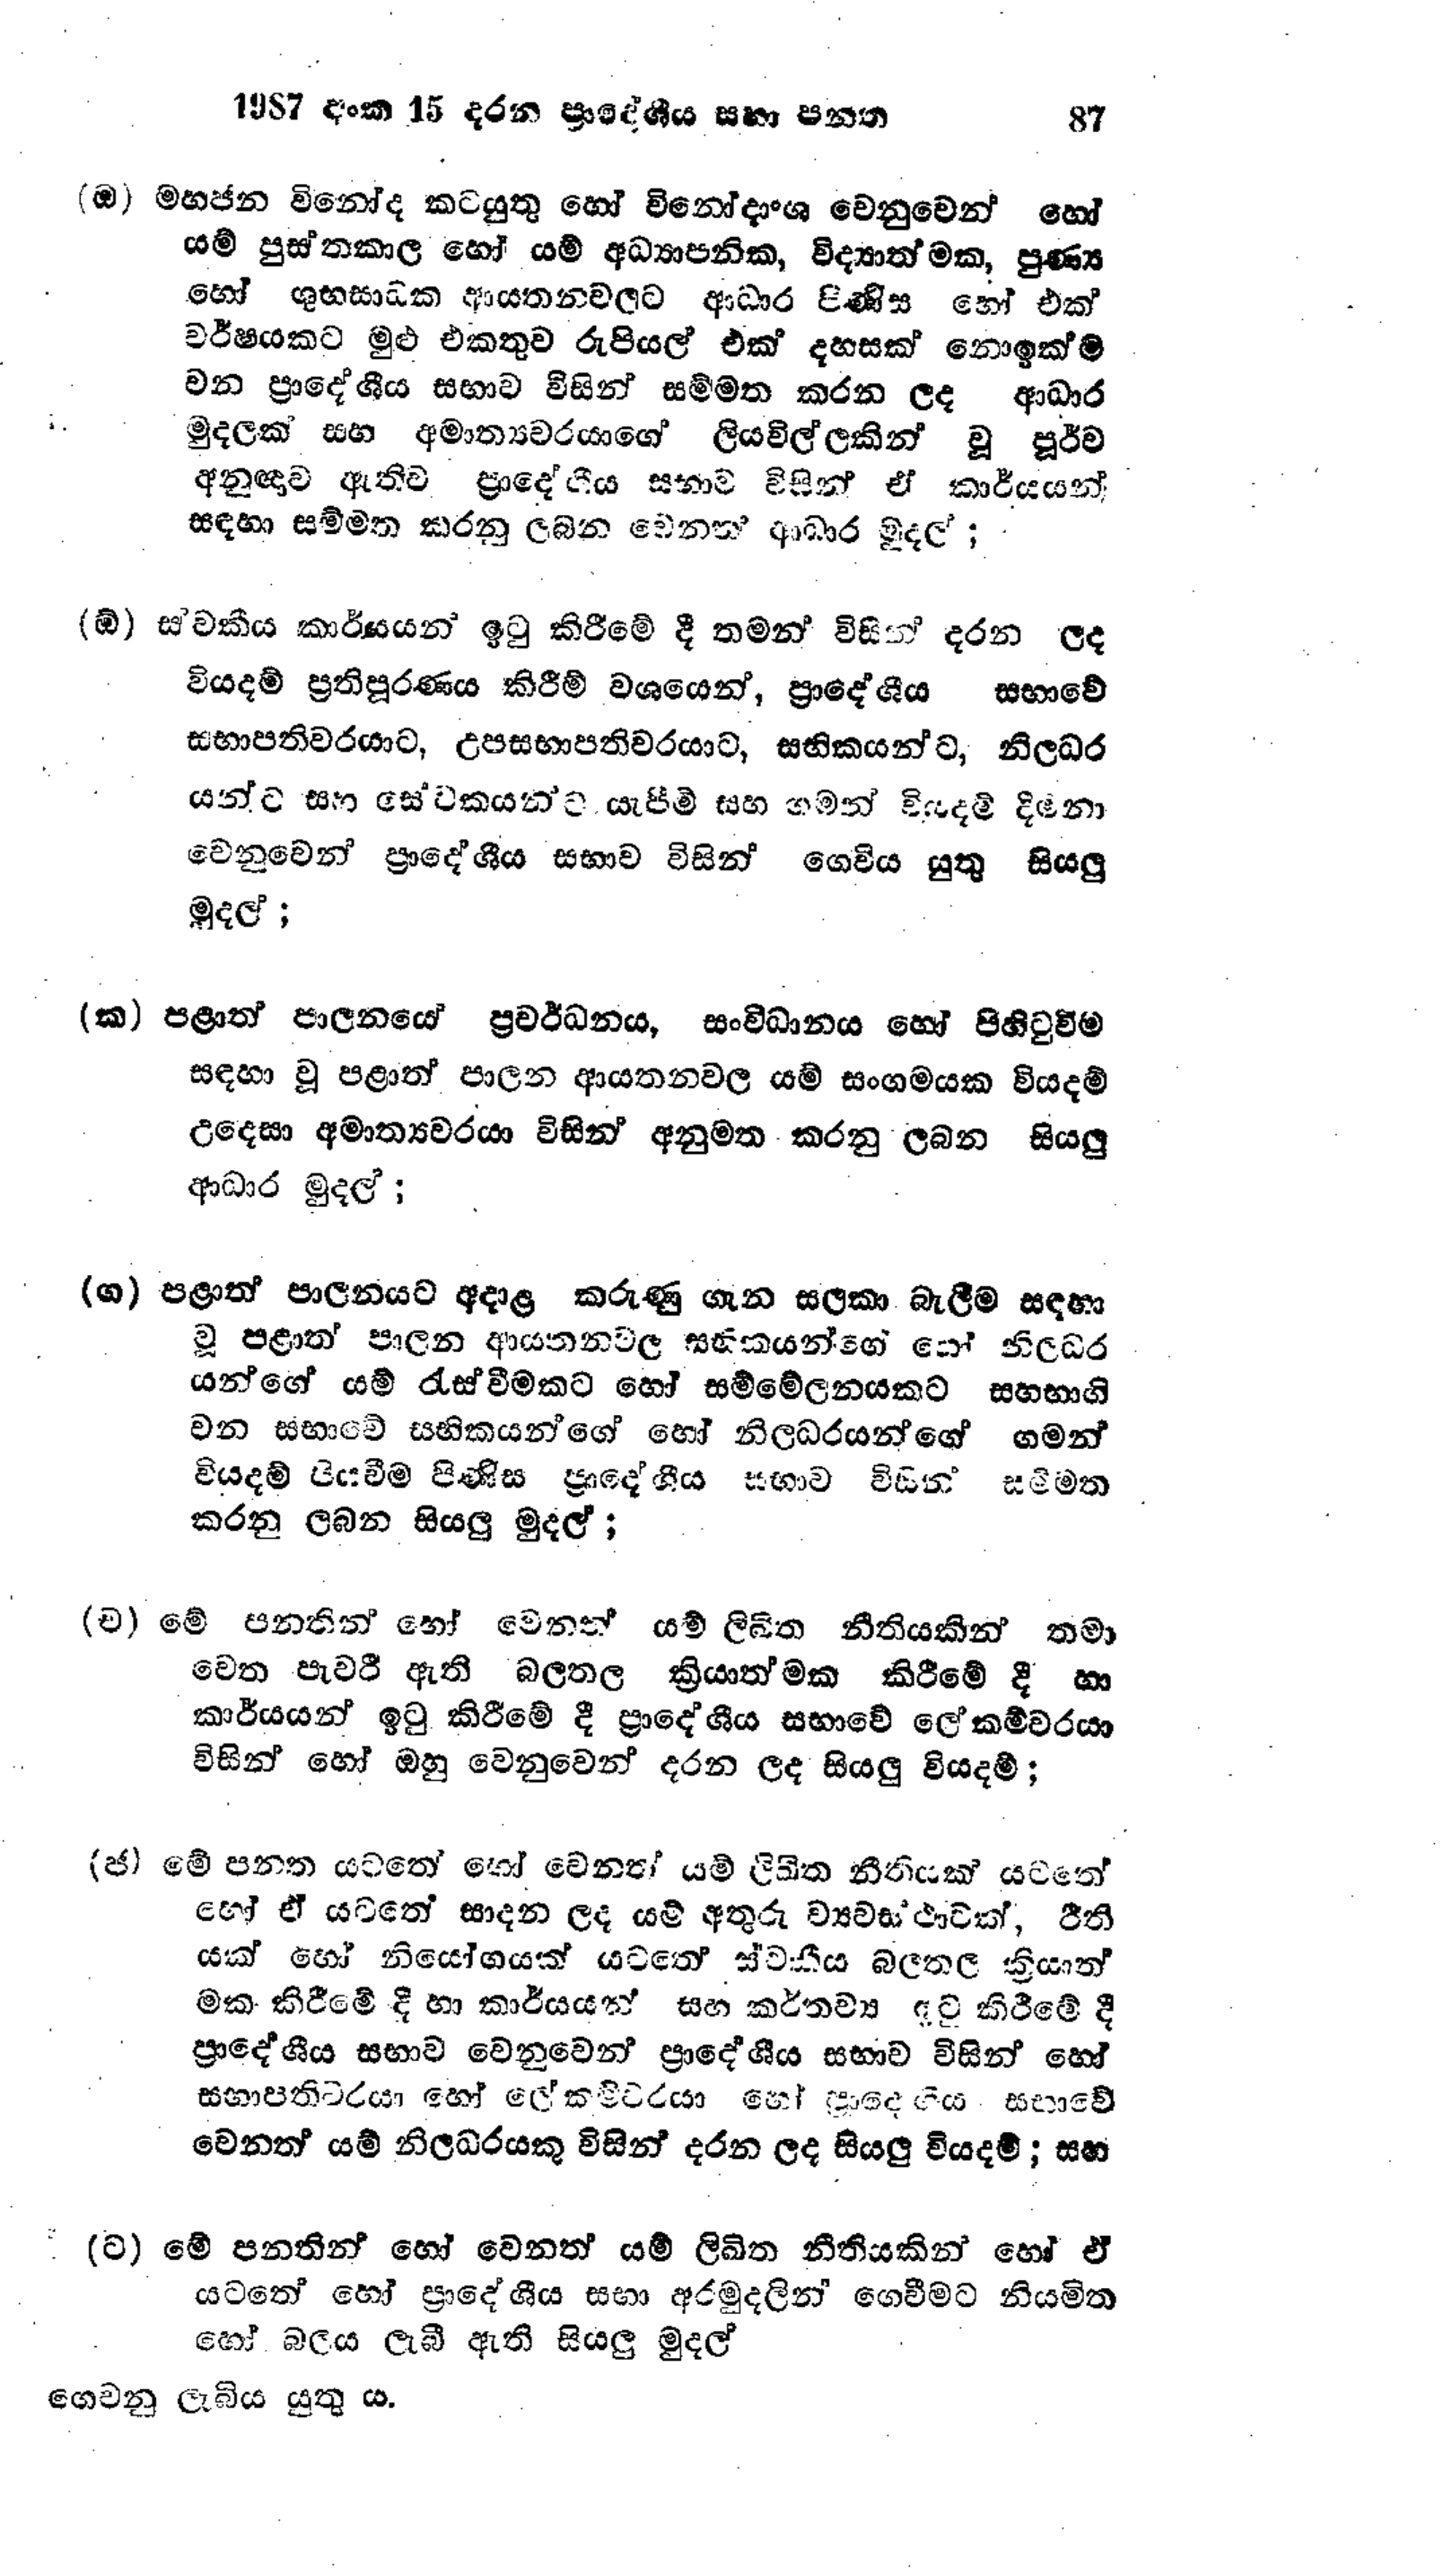
1987 අංක 15 දරන ප්‍රාදේශීය සභා පනත 87

(ඔ) මහජන විනෝද කටයුතු හෝ විනෝදාංශ වෙනුවෙන් හෝ
යම් පුස්තකාල හෝ යම් අධ්‍යාපනික, විද්‍යාත්මක, පුණ්‍ය
හෝ ශුභසාධක ආයතන වලට ආධාර පිණිස හෝ එක්
වර්ෂයකට මුළු එකතුව රුපියල් එක් දහසක් නොඉක්ම
වන ප්‍රාදේශීය සභාව විසින් සම්මත කරන ලද ආධාර
මුදලක් සහ අමාත්‍යවරයාගේ ලියවිල්ලකින් වූ පූර්ව
අනුඥාව ඇතිව ප්‍රාදේශීය සභාව විසින් ඒ කාර්යයන්
සඳහා සම්මත කරනු ලබන වෙනත් ආධාර මුදල් ;

(ඕ) ස්වකීය කාර්යයන් ඉටු කිරීමේ දී තමන් විසින් දරන ලද
වියදම් ප්‍රතිපූරණය කිරීම් වශයෙන්, ප්‍රාදේශීය සභාවේ
සභාපතිවරයාට, උපසභාපතිවරයාට, සභිකයන්ට, නිලධර
යන්ට සහ සේවකයන්ට යැපීමි සහ ගමන් වියදම් දිමනා
වෙනුවෙන් ප්‍රාදේශීය සභාව විසින් ගෙවිය යුතු සියලු
මුදල් ;

(ක) පළාත් පාලනයෙ ප්‍රවර්ධනය, සංවිධානය හෝ පිහිටුවීම
සඳහා වූ පළාත් පාලන ආයතනවල යම් සංගමයක වියදම්
උදෙසා අමාත්‍යවරයා විසින් අනුමත කරනු ලබන සියලු
ආධාර මුදල් ;

(ග) පළාත් පාලනයට අදාළ කරුණු ගැන සලකා බැලීම සඳහා
වූ පළාත් පාලන ආයතන වල සභිකයන්ගේ හෝ නිලධර
යන්ගේ යම් රැස්වීමකට හෝ සම්මේලනයකට සහභාගි
වන සභාවේ සභිකයන්ගේ හෝ නිලධරයන්ගේ ගමන්
වියදම් පියවීම පිණිස ප්‍රාදේශීය සභාව විසින් සම්මත
කරනු ලබන සියලු මුදල්;

(ච) මේ පනතින් හෝ වෙනත් යම් ලිඛිත නීතියකින් තමා
වෙත පැවරී ඇති බලතල ක්‍රියාත්මක කිරීමේ දී හා
කාර්යයන් ඉටු කිරීමේ දී ප්‍රාදේශීය සභාවේ ලේකම්වරයා
විසින් හෝ ඔහු වෙනුවෙන් දරන ලද සියලු වියදම්;

(ජ) මේ පනත යටතේ හෝ වෙනත් යම් ලිඛිත නීතියක් යටතේ
හෝ ඒ යටතේ සාදන ලද යම් අතුරු ව්‍යවස්ථාවක්, රීති
යක් හෝ නියෝගයක් යටතේ ස්වකීය බලතල ක්‍රියාත්
මක කිරීමේ දී හා කාර්යයන් සහ කර්තව්‍ය ඉටු කිරීමේ දී
ප්‍රාදේශීය සභාව වෙනුවෙන් ප්‍රාදේශීය සභාව විසින් හෝ
සභාපතිවරයා හෝ ලේකම්වරයා හෝ ප්‍රාදේශීය සභාවේ
වෙනත් යම් නිලධරයකු විසින් දරන ලද සියලු වියදම්; සහ

(ට) මේ පනතින් හෝ වෙනත් යම් ලිඛිත නීතියකින් හෝ ඒ
යටතේ හෝ ප්‍රාදේශීය සභා අරමුදලින් ගෙවීමට නියමිත
හෝ බලය ලැබී ඇති සියලු මුදල්

ගෙවනු ලැබිය යුතු ය.